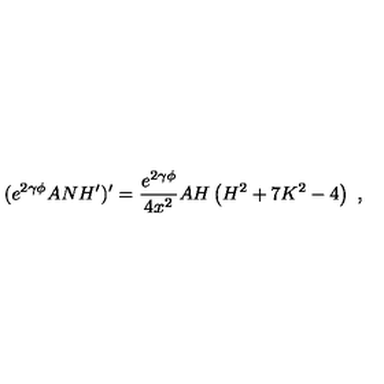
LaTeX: ( e ^ { 2 \gamma \phi } A N H ^ { \prime } ) ^ { \prime } = \frac { e ^ { 2 \gamma \phi } } { 4 x ^ { 2 } } A H \left( H ^ { 2 } + 7 K ^ { 2 } - 4 \right) \ ,